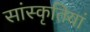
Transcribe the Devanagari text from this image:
सांस्कृतियां